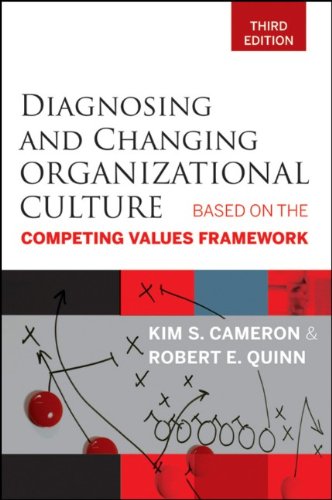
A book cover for Diagnosing and Changing Organizational Culture: Based on the Competing Values Framework; Kim S. Cameron; Business & Money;